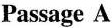
Passage A